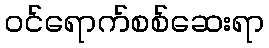
ဝင်ရောက်စစ်ဆေးရာ